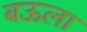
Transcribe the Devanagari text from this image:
बऊला